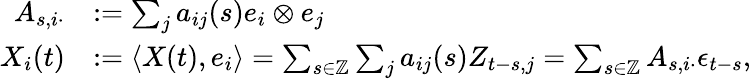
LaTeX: \begin{array}{rl}{A_{s,i\cdot}}&{:=\sum_{j}a_{ij}(s)e_{i}\otimes e_{j}}\\ {X_{i}(t)}&{:=\langle X(t),e_{i}\rangle=\sum_{s\in\mathbb{Z}}\sum_{j}a_{ij}(s)Z_{t-s,j}=\sum_{s\in\mathbb{Z}}A_{s,i\cdot}\epsilon_{t-s},}\end{array}